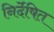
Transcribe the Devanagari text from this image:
निर्देषित